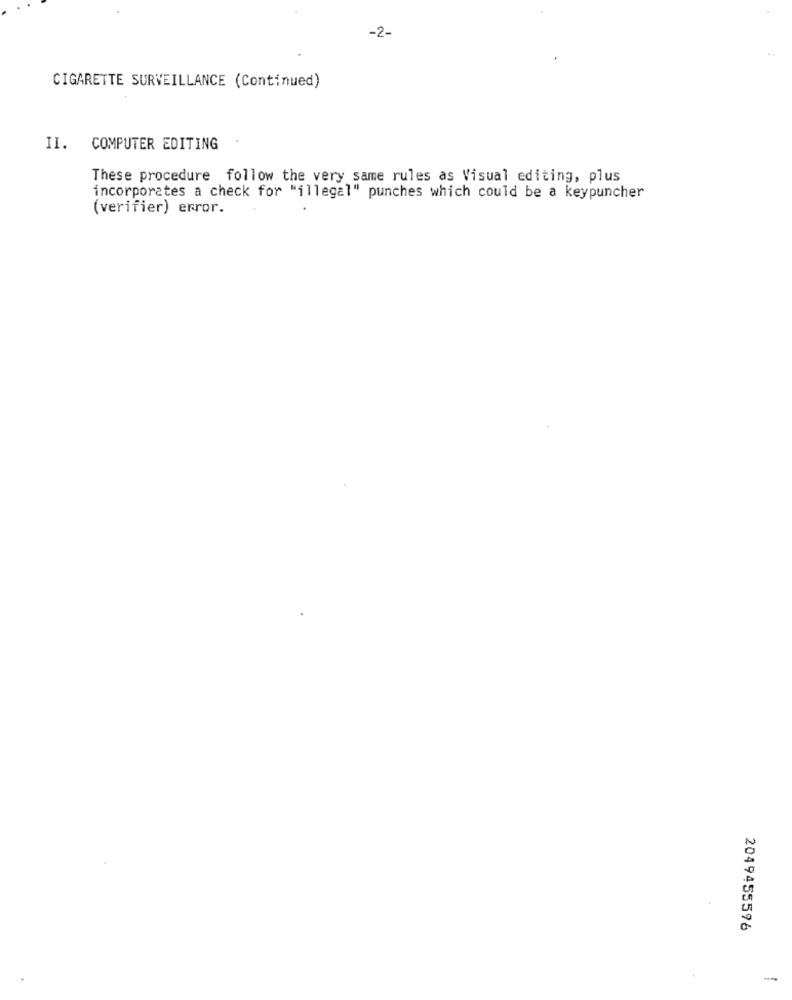
-2-
CIGARETTE SURVEILLANCE (Continued)
II. COMPUTER EDITING
These procedure follow the very same rules as Visual editing, plus
incorporates a check for "illegal" punches which could be a keypuncher
(verifier) error.
2049455596
-